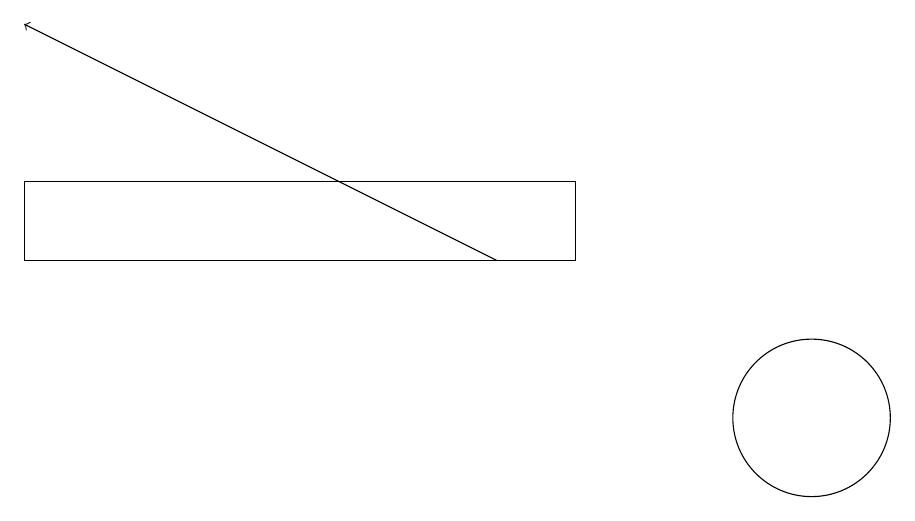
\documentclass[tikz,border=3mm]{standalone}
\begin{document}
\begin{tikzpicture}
\draw[->] (7,12) -- (1,15);
\draw (1,13) rectangle (8,12);
\draw (11,10) circle (1);
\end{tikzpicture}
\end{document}